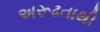
અરૂઢતાથી